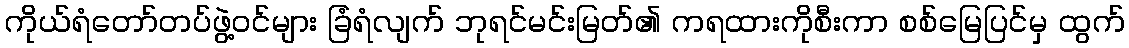
ကိုယ်ရံတော်တပ်ဖွဲ့ဝင်များ ခြံရံလျက် ဘုရင်မင်းမြတ်၏ ကရထားကိုစီးကာ စစ်မြေပြင်မှ ထွက်